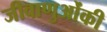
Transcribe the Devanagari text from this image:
जीवाणुओंकी